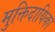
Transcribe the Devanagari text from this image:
मुक्तिदायिका